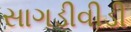
સાગડીવીડી